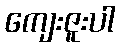
ကျေးဇူးပါ